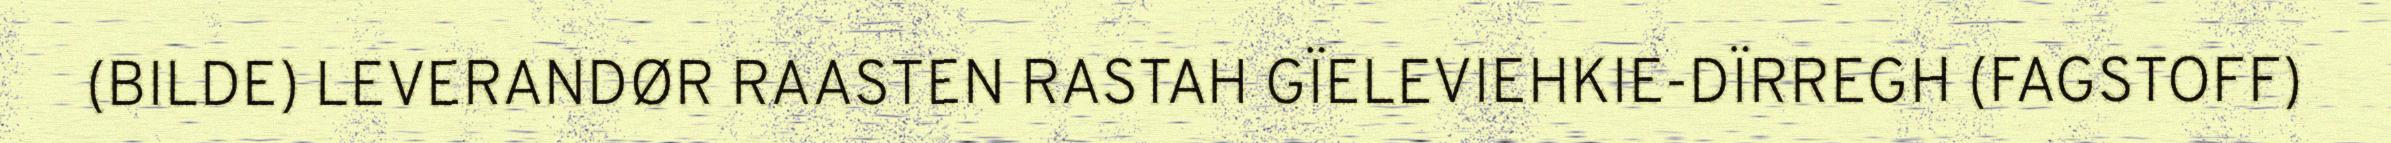
(BILDE) LEVERANDØR RAASTEN RASTAH GÏELEVIEHKIE-DÏRREGH (FAGSTOFF)